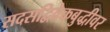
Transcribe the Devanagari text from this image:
सदसद्विवेकबुद्धीवर